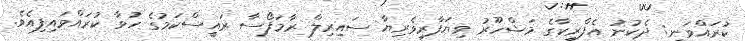
ކުރައްވަނީ: ދެކުނު އެފްރިކާގެ މަޝްހޫރު ވިޔަފާރިވެރިޔާ ސައިރިލް ރާމަފޯސާ ރައީސްކަމުގެ ހުވާ ކުރައްވައިފިއެވެ.